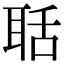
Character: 聒